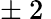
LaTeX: \pm\nobreakspace 2\nobreakspace